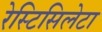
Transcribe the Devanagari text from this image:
रेस्टिसिलेटा